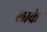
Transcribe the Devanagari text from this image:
लाके